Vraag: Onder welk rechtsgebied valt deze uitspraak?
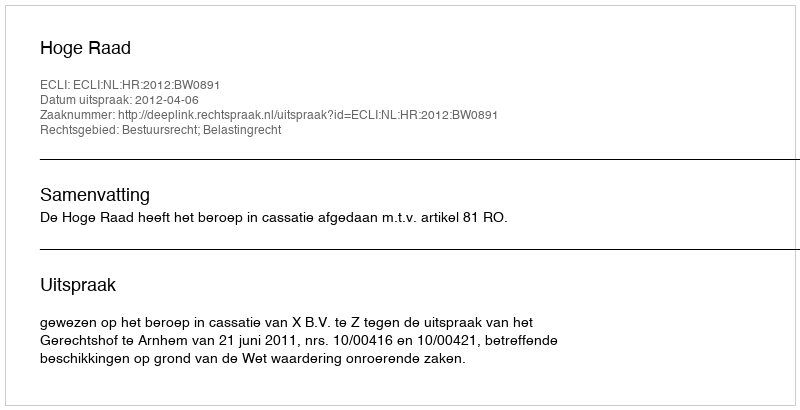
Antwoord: Bestuursrecht; Belastingrecht